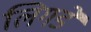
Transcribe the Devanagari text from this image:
लिगडे